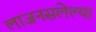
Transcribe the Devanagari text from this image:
लाजनसलेल्या